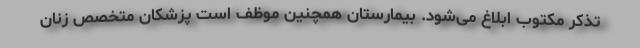
تذکر مکتوب ابلاغ می‌شود. بیمارستان همچنین موظف است پزشکان متخصص زنان